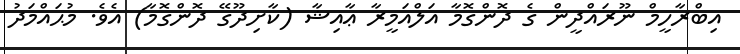
އިބްރާހީމް ނޫރައްދީން ގެ ދޮންގޮމާ އަލްއަމީރާ ޢާއިޝާ (ކާށިދޫގޭ ދޮންގޮމާ) އެވެ. މުޙައްމަދު